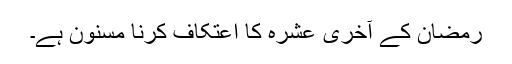
رمضان کے آخری عشرہ کا اعتکاف کرنا مسنون ہے۔